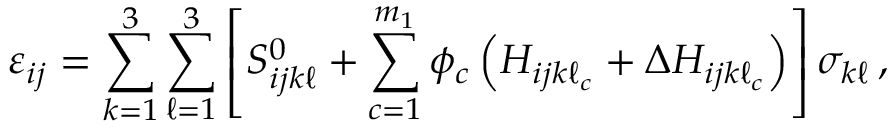
\varepsilon _ { i j } = \sum _ { k = 1 } ^ { 3 } \sum _ { \ell = 1 } ^ { 3 } \left[ S _ { i j k \ell } ^ { 0 } + \sum _ { c = 1 } ^ { m _ { 1 } } \phi _ { c } \left( H _ { i j k \ell _ { c } } + \Delta H _ { i j k \ell _ { c } } \right) \right] \sigma _ { k \ell } \, ,